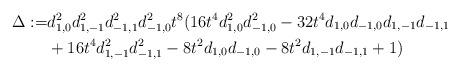
LaTeX: \begin{align*}\Delta:=&d_{1, 0}^2 d_{1, -1}^2 d_{-1, 1}^2 d_{-1, 0}^2 t^8(16t^4 d_{1, 0}^2 d_{-1, 0}^2-32 t^4 d_{1, 0}d_{-1, 0}d_{1, -1}d_{-1, 1}\\&+16t^4d_{1, -1}^2 d_{-1, 1}^2-8t^2 d_{1, 0}d_{-1, 0}-8t^2d_{1, -1}d_{-1, 1}+1) \end{align*}